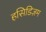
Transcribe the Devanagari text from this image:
हसिडिज़म